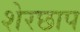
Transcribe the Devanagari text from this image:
शेरछाप